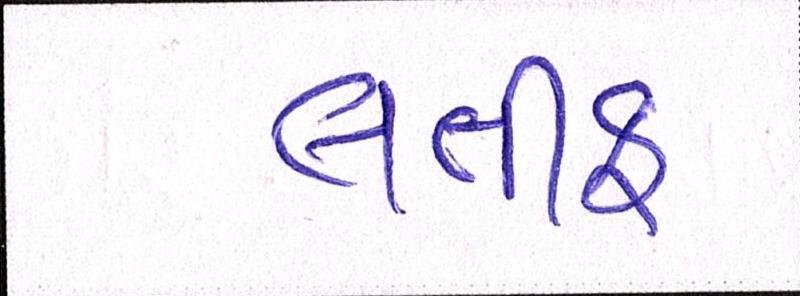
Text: લતીફ